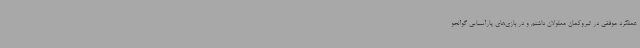
عملکرد موفقی در تیروکمان معلولان داشتم و در بازی‌های پارآسیایی گوآنجو